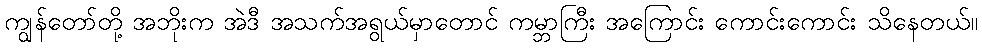
ကျွန်တော်တို့ အဘိုးက အဲဒီ အသက်အရွယ်မှာတောင် ကမ္ဘာကြီး အကြောင်း ကောင်းကောင်း သိနေတယ်။